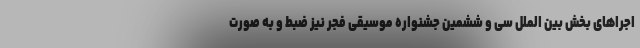
اجراهای بخش بین الملل سی و ششمین جشنواره موسیقی فجر نیز ضبط و به صورت